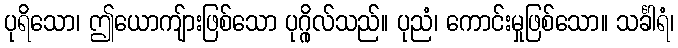
ပုရိသော၊ ဤယောကျ်ားဖြစ်သော ပုဂ္ဂိုလ်သည်။ ပုညံ၊ ကောင်းမှုဖြစ်သော။ သင်္ခါရံ၊